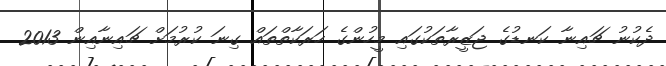
ދެކުނު ޗައިނާ ކަނޑުގެ ޖަޒީރާތަކުގައި މީހުންގެ ހަރަކާތްތައް ގިނަ ކުރުމަށް ޗައިނާއިން 2013